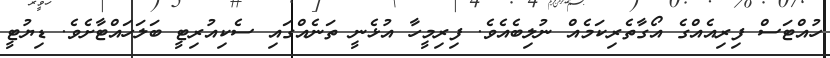
ހުއްޓަސް ފިރިއެއްގެ އޯގާތެރިކަމެއް ނުލިބެއެވެ. ފިރިމީހާ އުޅެނީ ތަނެއްގައި ސެކިއުރިޓީ ބަލަހައްޓާށެވެ. ޑިޔުޓީ